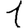
Digit: 1